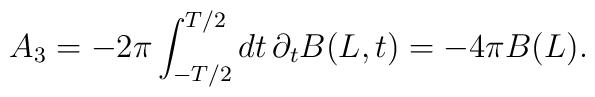
A_3 = -2 \pi \int_{-T/2}^{T/2} dt\,  \partial_t B(L,t)=-4\pi B(L).